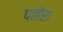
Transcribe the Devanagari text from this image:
पतोरा